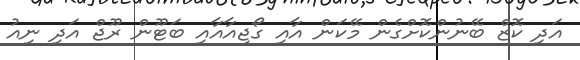
އަދި ކޮޒް ބޭނުންކޮށްގެން މޭކަން އާއި ގޯޖިއާއާއި ބަޓޫން ރޫޖް އަދި ނިއު